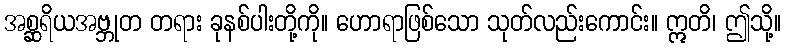
အစ္ဆရိယအဗ္ဘုတ တရား ခုနစ်ပါးတို့ကို။ ဟောရာဖြစ်သော သုတ်လည်းကောင်း။ ဣတိ၊ ဤသို့။